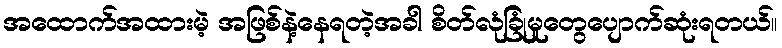
အထောက်အထားမဲ့ အဖြစ်နဲ့နေရတဲ့အခါ စိတ်လုံခြုံမှုတွေပျောက်ဆုံးရတယ်။